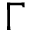
\Gamma